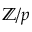
\mathbb { Z } / p